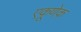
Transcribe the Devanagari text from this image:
एकूणेक